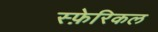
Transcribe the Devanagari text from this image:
स्फ़ेरिकल